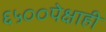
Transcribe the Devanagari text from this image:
६५००पेक्षाही